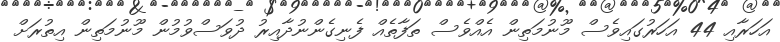
އަހަރާއި 44 އަހަރުގައިވެސް މޫނުމަތިން އެއްވެސް ތަފާތެއް ފެނިގެންނުދާއިރު ދުވަސްވުމުން މޫނުމަތިން އިތުރަށް